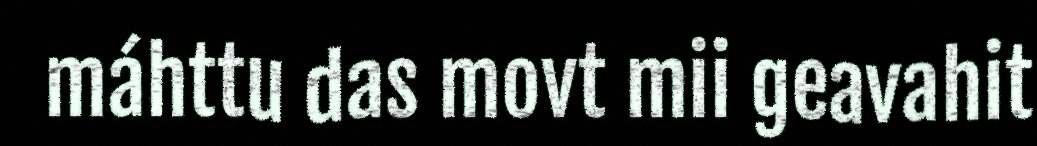
máhttu das movt mii geavahit